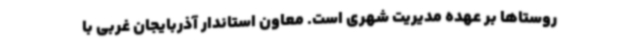
روستاها بر عهده مدیریت شهری است. معاون استاندار آذربایجان غربی با